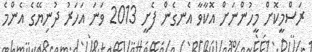
ރަސްމީކޮށް މީހުންނަށް އޮކާވާ އެނގެން ފެށީ 2013 ވަނަ އަހަރު ދުނިޔޭގެ އެންމެ